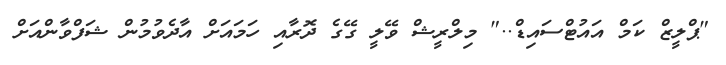
"ޕްލީޒް ކަމް އައުޓްސައިޑް.." މިލްރީޝް ވޭލީ ގޭގެ ދޮރާއި ހަމައަށް އާދެވުމުން ޝަފްވާންއަށް